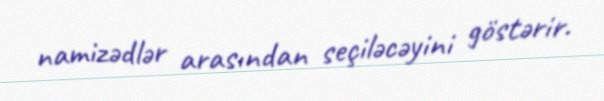
namizədlər arasından seçiləcəyini göstərir.